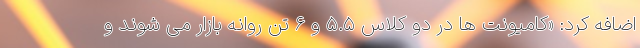
اضافه کرد: «کامیونت ها در دو کلاس ۵.۵ و ۶ تن روانه بازار می شوند و